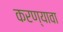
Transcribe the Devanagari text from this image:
करण्यावा